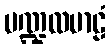
မဏ္ဍလမာဠံ